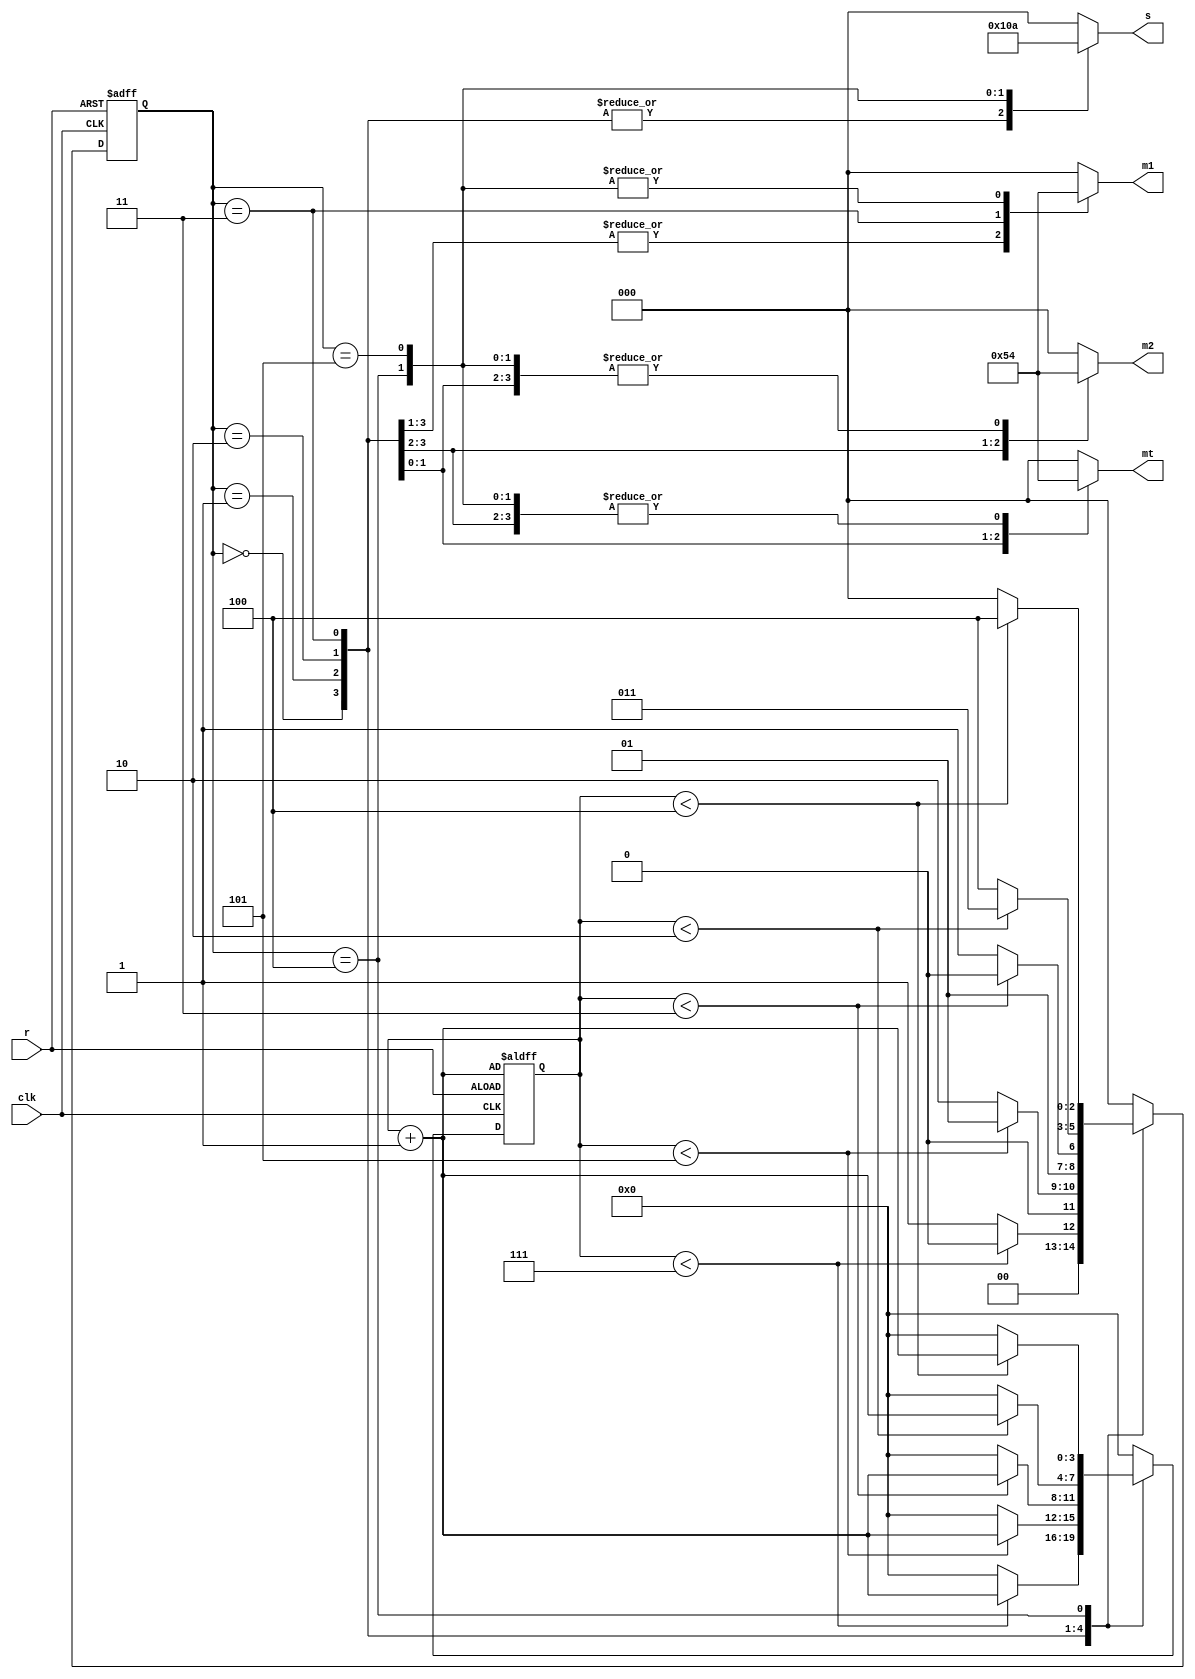
`timescale 1ns / 1ps
//////////////////////////////////////////////////////////////////////////////////



module trafic_light(clk,r,m1,m2,mt,s);
output reg [2:0]m1,m2,mt,s;
input clk,r;
parameter t1=7,t2=5,t3=3,t4=2,t5=4,t6=1;
parameter s1=0,s2=1,s3=2,s4=3,s5=4,s6=5;
reg [2:0] ns;
reg [3:0] count;

always@(posedge clk or posedge r)begin
if(r==1)begin
ns<=s1;
count<=count+1;
end
else
    case(ns)
    s1: if(count<t1)begin
        ns<=s1;
        count<=count+1;
        end
        else
        begin
            ns<=s2;
            count<=0;
            end
     s2: if(count<t2)begin
        ns<=s2;
        count<=count+1;
        end
        else
        begin
            ns<=s3;
            count<=0;
            end
  s3: if(count<t3)begin
        ns<=s3;
        count<=count+1;
        end
        else
        begin
            ns<=s4;
            count<=0;
            end
  s4: if(count<t4)begin
        ns<=s4;
        count<=count+1;
        end
        else
        begin
            ns<=s5;
            count<=0;
            end
  s5: if(count<t5)begin
        ns<=s5;
        count<=count+1;
        end
        else
        begin
            ns<=s1;
            count<=0;
            end
    default:begin
            ns<=s1;
            count<=0;
            end
endcase
end
always@(ns)
begin
case(ns)
        s1: begin
        m1<=001;
        m2<=001;
        mt<=100;
        s<=100;
        end
 s2: begin
        m1<=001;
        m2<=010;
        mt<=100;
        s<=100;
        end
 s3: begin
        m1<=001;
        m2<=100;
        mt<=001;
        s<=100;
        end
 s4: begin
        m1<=010;
        m2<=100;
        mt<=010;
        s<=100;
        end
 s5: begin
        m1<=100;
        m2<=100;
        mt<=100;
        s<=001;
        end
 s6: begin
        m1<=100;
        m2<=100;
        mt<=100;
        s<=010;
        end
  default:  begin
        m1<=000;
        m2<=000;
        mt<=000;
        s<=000;
        end
       endcase
       end

endmodule